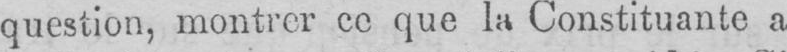
question, montrer ce que la Constituante a